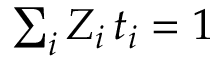
\begin{array} { r } { \sum _ { i } Z _ { i } \, t _ { i } = 1 } \end{array}